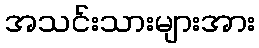
အသင်းသားများအား